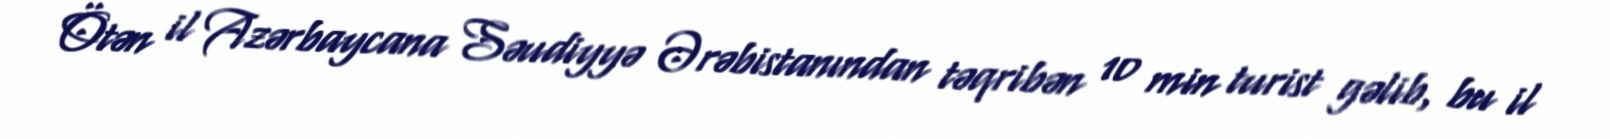
Ötən il Azərbaycana Səudiyyə Ərəbistanından təqribən 10 min turist gəlib, bu il